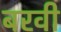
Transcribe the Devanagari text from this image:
बरवी